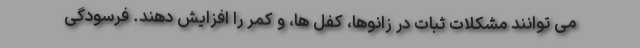
می توانند مشکلات ثبات در زانوها، کفل ها، و کمر را افزایش دهند. فرسودگی